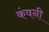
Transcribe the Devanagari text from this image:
कंवनी